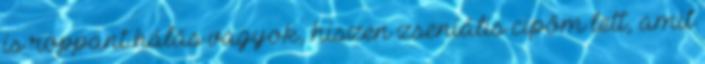
is roppant hálás vagyok, hiszen zseniális cipőm lett, amit